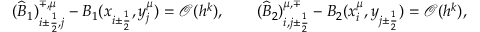
( \widehat B _ { 1 } ) _ { i \pm \frac { 1 } { 2 } , j } ^ { \mp , \mu } - B _ { 1 } ( x _ { i \pm \frac { 1 } { 2 } } , y _ { j } ^ { \mu } ) = { \mathcal O } ( h ^ { k } ) , \qquad ( \widehat B _ { 2 } ) _ { i , j \pm \frac { 1 } { 2 } } ^ { \mu , \mp } - B _ { 2 } ( x _ { i } ^ { \mu } , y _ { j \pm \frac { 1 } { 2 } } ) = { \mathcal O } ( h ^ { k } ) ,